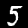
Digit: 5